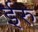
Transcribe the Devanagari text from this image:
ईरु